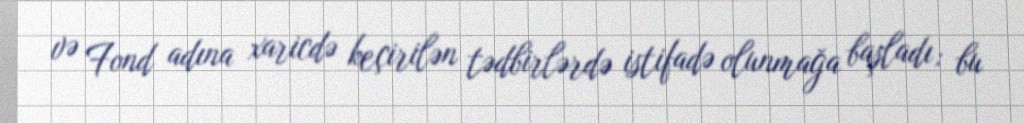
və Fond adına xaricdə keçirilən tədbirlərdə istifadə olunmağa başladı; bu